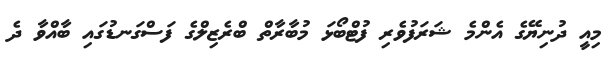
މިއީ ދުނިޔޭގެ އެންމެ ޝަރަފުވެރި ފުޓްބޯޅަ މުބާރާތް ބްރެޒިލްގެ ފަސްގަނޑުގައި ބާއްވާ ދެ